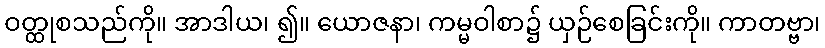
ဝတ္ထုစသည်ကို။ အာဒါယ၊ ၍။ ယောဇနာ၊ ကမ္မဝါစာ၌ ယှဉ်စေခြင်းကို။ ကာတဗ္ဗာ၊